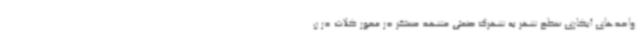
واحدهای آبکاری سطح شهر به شهرک صنعتی مشهد مستقر در محور کلات در ن